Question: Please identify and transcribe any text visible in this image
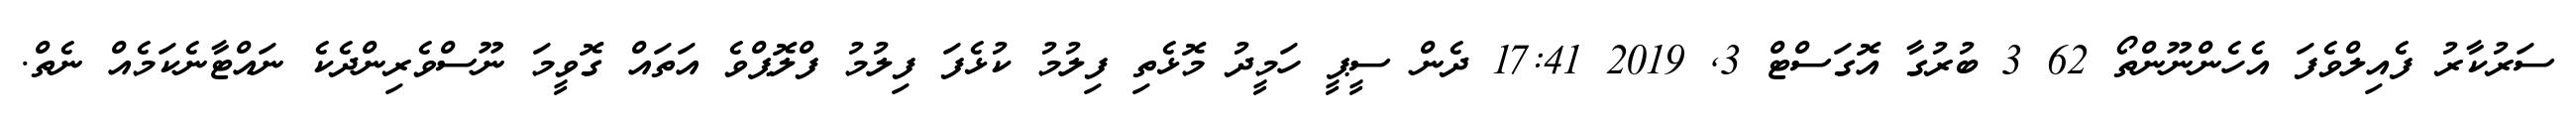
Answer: ސަރުކާރު ފެއިލްވެފަ އެހެންނޫންތޯ 62 3 ބުރުގާ އޮގަސްޓް 3, 2019 17:41 ދެން ސީޕީ ހަމީދު މޮޅެތި ފިލުމު ކުޅެފަ ފިލުމު ފްލޮޕްވެ އަތައް ގޮވީމަ ނޫސްވެރިންދެކެ ނައްޓާނެކަމެއް ނެތް.